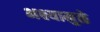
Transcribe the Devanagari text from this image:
भक्ष्यामुळे